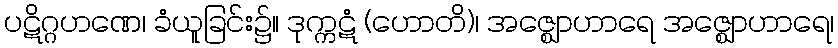
ပဋိဂ္ဂဟဏေ၊ ခံယူခြင်း၌။ ဒုက္ကဋံ (ဟောတိ)၊ အဇ္ဈောဟာရေ အဇ္ဈောဟာရေ၊